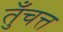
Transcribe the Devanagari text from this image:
तुँचत्त